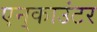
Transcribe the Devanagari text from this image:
एन्‌काउंटर